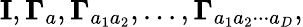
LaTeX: {\mathbf I},{\mathbf\Gamma}_{a},{\mathbf\Gamma}_{a_{1}a_{2}},...,{\mathbf\Gamma}_{a_{1}a_{2}\cdot\cdot\cdot a_{D}},